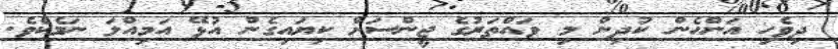
ދިވެހި އަންހެން ކުދިން މި ވައްތަރުގެ ޖީންސަށް ކިޔައިގެން އުޅޭ އަމިއްލަ ނަމެކެވެ.